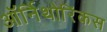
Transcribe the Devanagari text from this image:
ऑर्निथोरिंकस